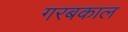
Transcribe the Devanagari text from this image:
गरबकाल